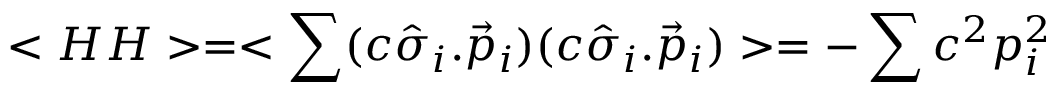
< H H > = < \sum ( c \hat { \sigma } _ { i } . \vec { p } _ { i } ) ( c \hat { \sigma } _ { i } . \vec { p } _ { i } ) > = - \sum c ^ { 2 } p _ { i } ^ { 2 }